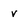
Character: v